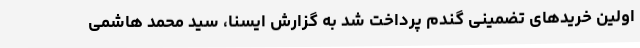
اولین خریدهای تضمینی گندم پرداخت شد به گزارش ایسنا، سید محمد هاشمی